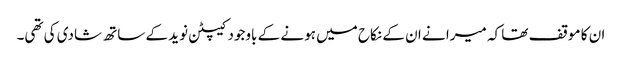
ان کا موقف تھا کہ میرا نے ان کے نکاح میں ہونے کے باوجود کیپٹن نوید کے ساتھ شادی کی تھی۔